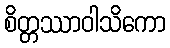
စိတ္တဿာဝါသိကော